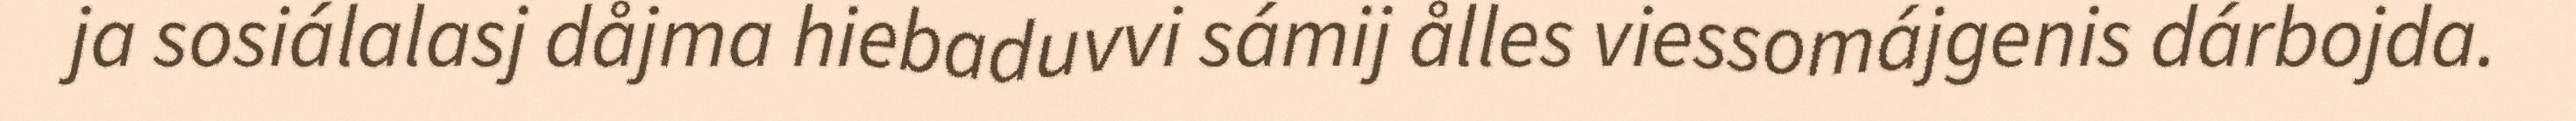
ja sosiálalasj dåjma hiebaduvvi sámij ålles viessomájgenis dárbojda.